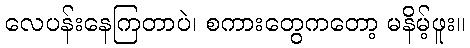
လေပန်းနေကြတာပဲ၊ စကားတွေကတော့ မနိမ့်ဖူး။